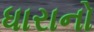
ધારાનો